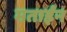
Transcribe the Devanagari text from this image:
मताईन